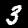
Label: 3